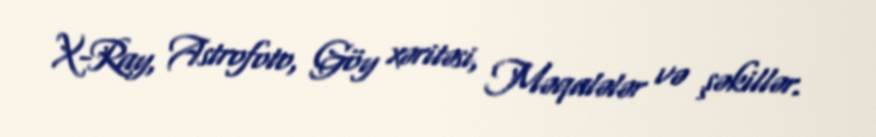
X-Ray, Astrofoto, Göy xəritəsi, Məqalələr və şəkillər.